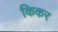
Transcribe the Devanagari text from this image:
किकर